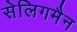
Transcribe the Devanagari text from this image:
सेलिगमैन